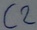
Text: C2